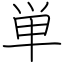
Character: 単